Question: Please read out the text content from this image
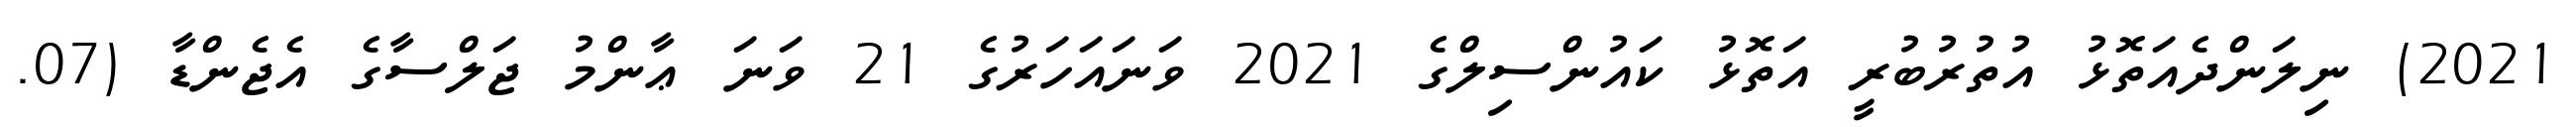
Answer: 2021) ނިލަންދެއަތޮޅު އުތުރުބުރީ އަތޮޅު ކައުންސިލްގެ 2021 ވަނައަހަރުގެ 21 ވަނަ ޢާންމު ޖަލްސާގެ އެޖެންޑާ (07.